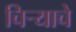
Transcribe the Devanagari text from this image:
चिर्‍याचे